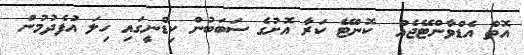
އޮތް އެޑްވާންޓޭޖެއް  ކޮންޓޭ ކަރާ އޮށުގެ ސަބަބުން ކިޑްނީގައި ހިލަ އުފެދުމުން